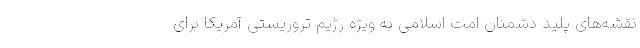
نقشه‌های پلید دشمنان امت اسلامی به ویژه رژیم تروریستی آمریکا برای